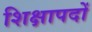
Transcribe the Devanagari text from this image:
शिक्षापदों